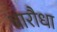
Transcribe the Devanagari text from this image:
बारौधा